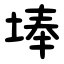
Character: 埲